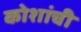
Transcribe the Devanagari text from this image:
कोशांची